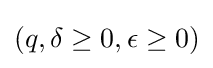
(q,\delta \geq 0,\epsilon \geq 0)